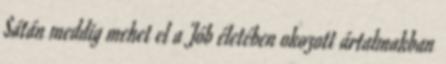
Sátán meddig mehet el a Jób életében okozott ártalmakban